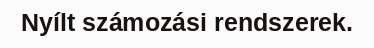
Nyílt számozási rendszerek.